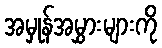
အမှုန်အမွှားများကို